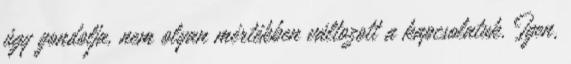
úgy gondolja, nem olyan mértékben változott a kapcsolatuk. Igen,